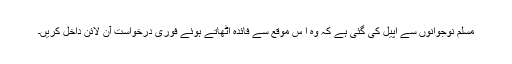
مسلم نوجوانوں سے اپیل کی گئی ہے کہ وہ ا س موقع سے فائدہ اٹھاتے ہوئے فوری درخواست آن لائن داخل کریں۔